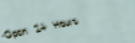
Open 24 Hours